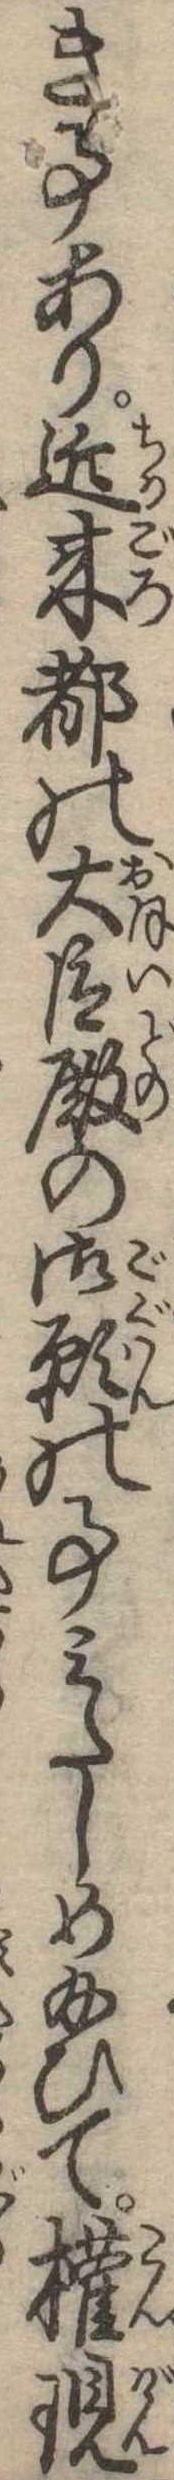
き事あり近来都の大臣殿の御願の事みたしめ給ひて権現